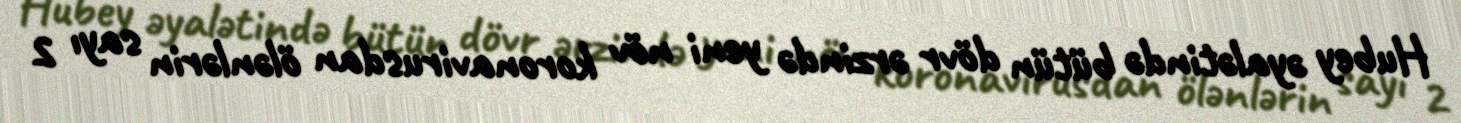
Hubey əyalətində bütün dövr ərzində yeni növ koronavirusdan ölənlərin sayı 2